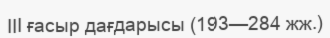
III ғасыр дағдарысы (193—284 жж.)